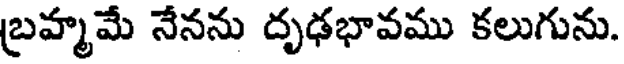
బ్రహ్మమే నేనను దృఢభావము కలుగును.